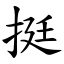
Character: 挺